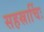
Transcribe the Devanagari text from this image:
सहस्रार्चिः